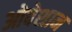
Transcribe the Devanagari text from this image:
ओवेशान